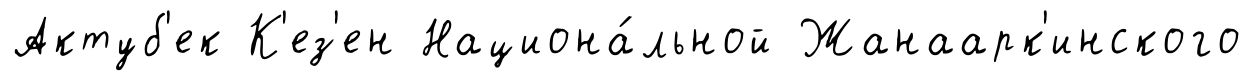
Актуб'ек К'ез'ен Национа́льной Жанаарк'инского